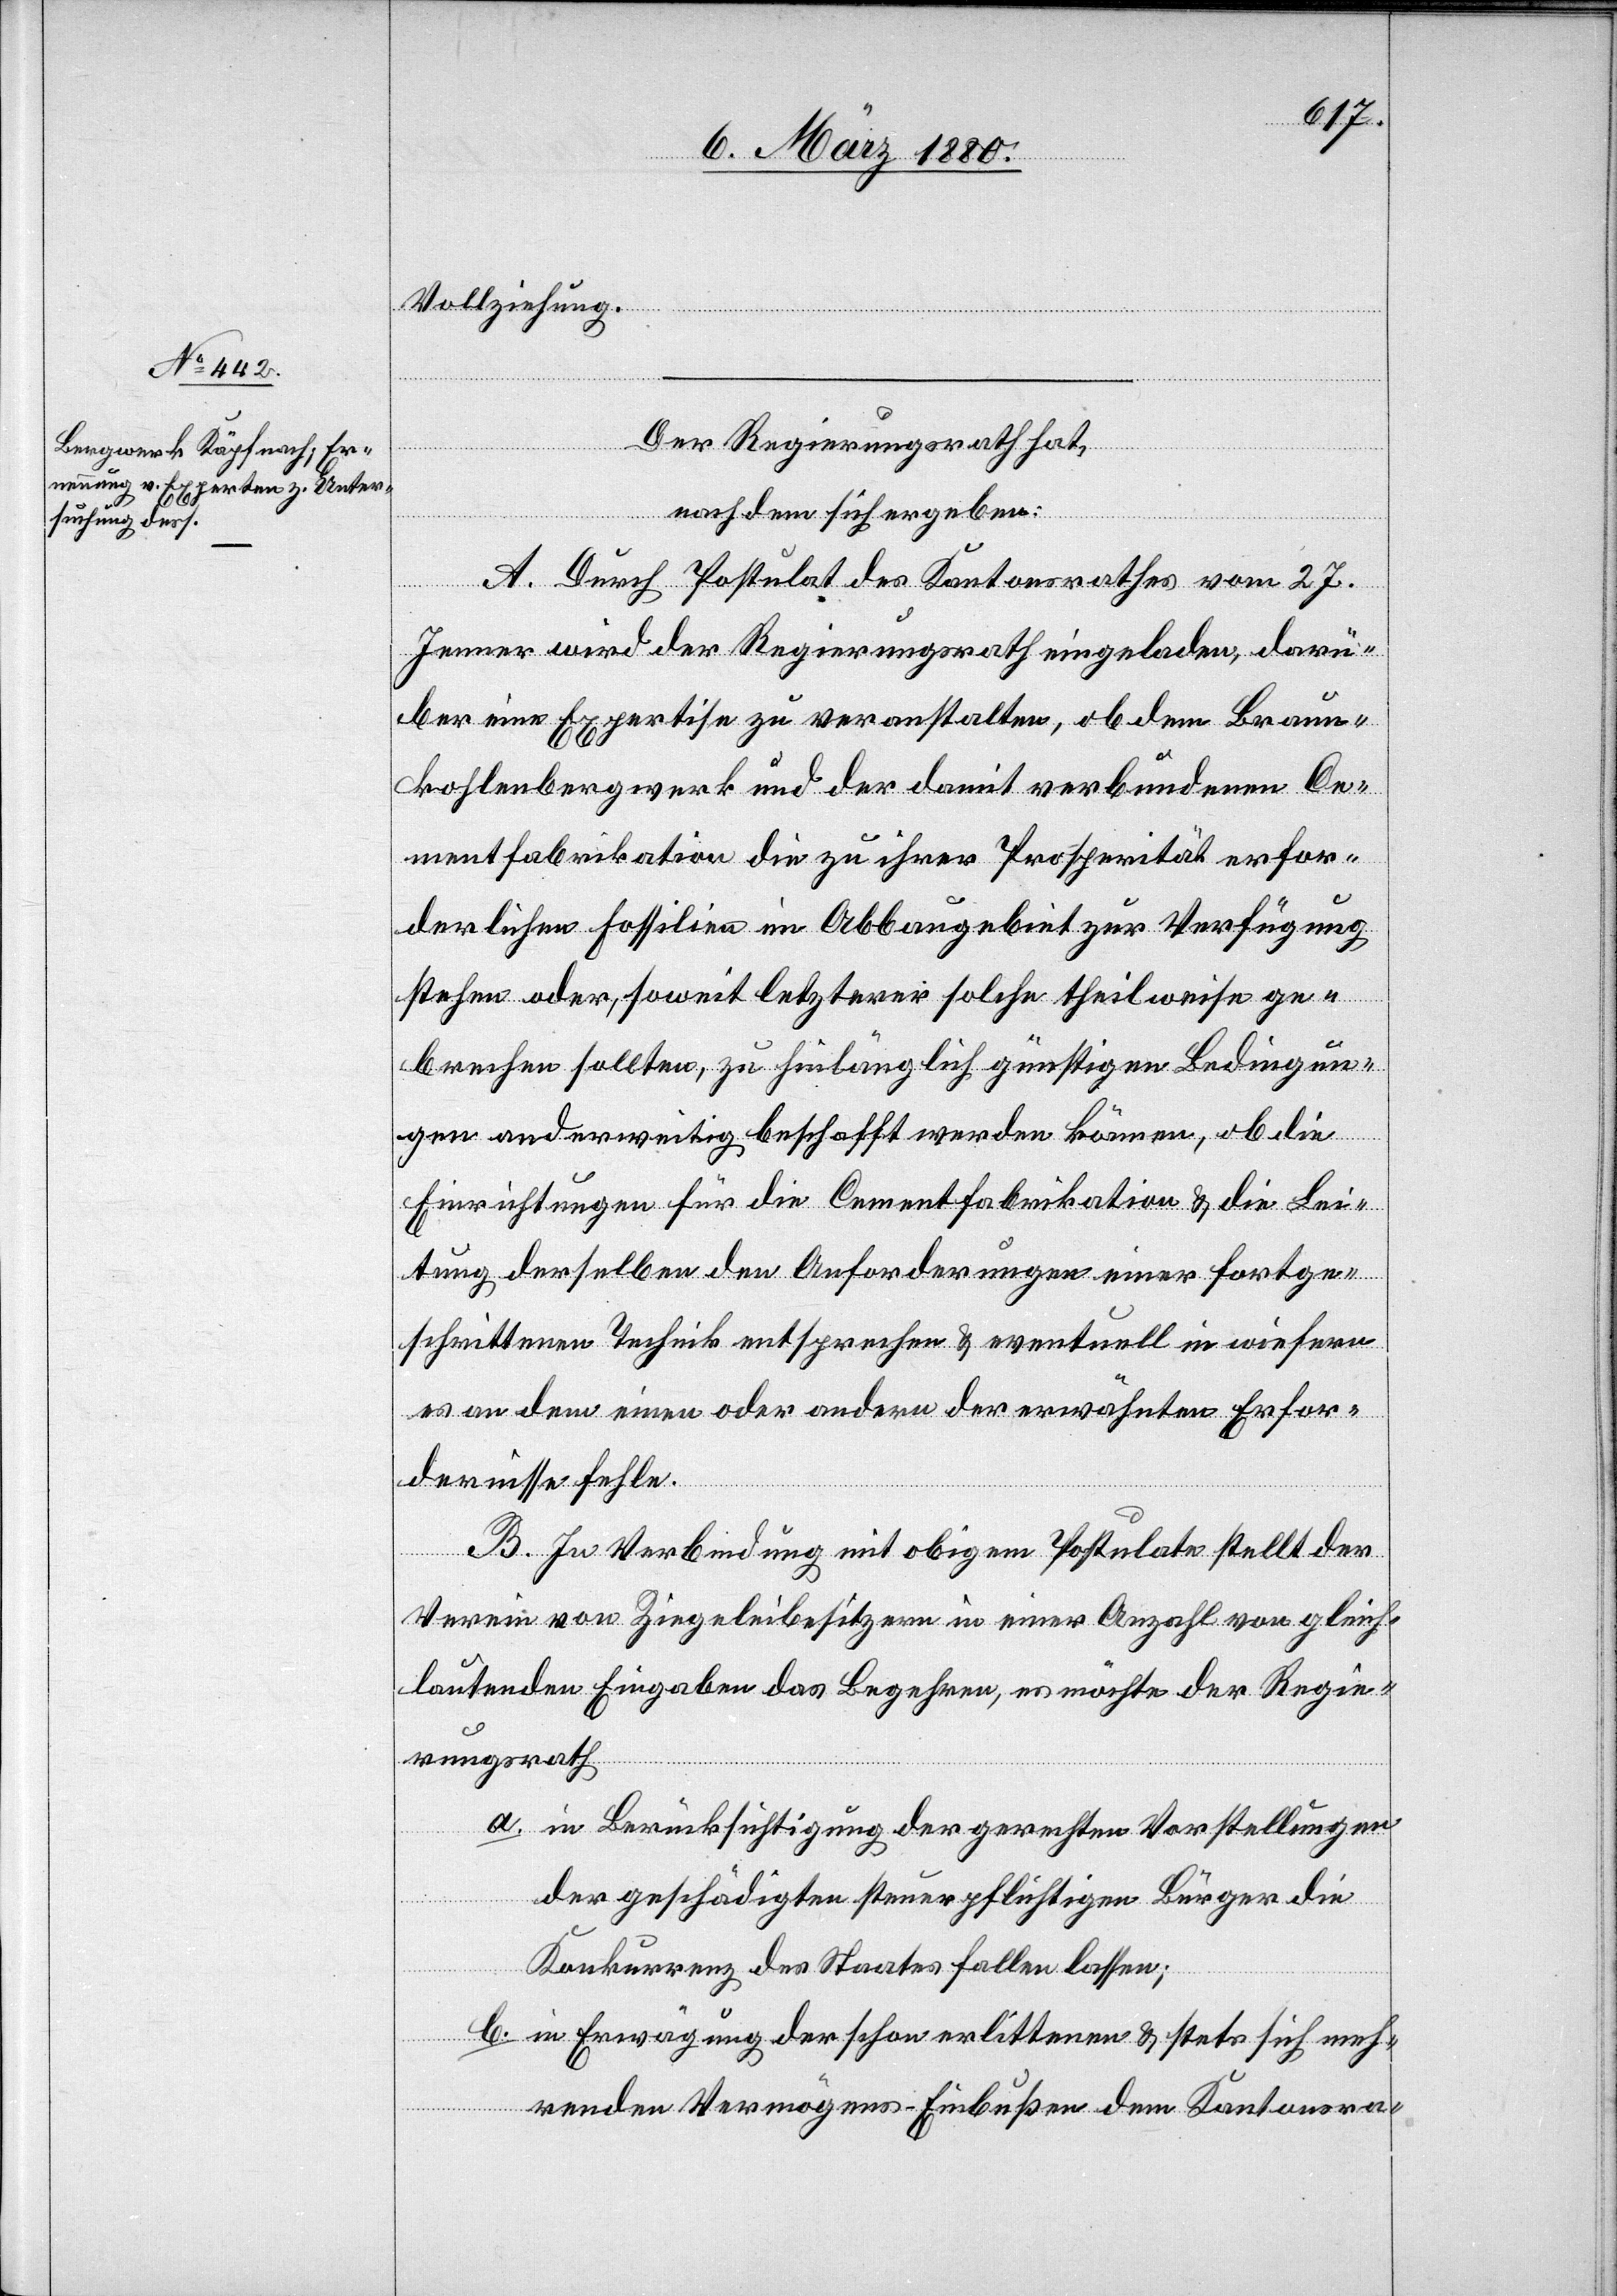
Vollziehung.
Der Regierungsrath hat,
nachdem sich ergeben:
A: Durch Postulat des Kantonsrathes vom 27.
Jenner wird der Regierungsrath eingeladen, darü¬
ber eine Expertise zu veranstalten, ob dem Braun¬
kohlebergwerk und der damit verbundenen Ce¬
mentfabrikation die zu ihrer Prosperität erfor¬
derlichen Fossilien im Abbaugebiet zur Verfügung
stehen oder, soweit letzterer solche theilweise ge¬
brechen sollten, zu hinlänglich günstigen Bedingun¬
gen anderweitig beschafft werden können, ob die
Einrichtungen für die Cementfabrikation & die Lei¬
tung derselben den Anforderungen einer fortge¬
schrittenen Technik entsprechen & eventuell in wiefern
es an dem einen oder andern der erwähnten Erfor¬
dernissen fehle.
B. In Verbindung mit obigem Postulate stellt der
Verein von Ziegeleibesitzern in einer Anzahl von gleich¬
lautenden Eingaben das Begehren, es möchte der Regie¬
rungsrath
a. in Berücksichtigung der gerechten Vorstellungen
der geschädigten steuerpflichtigen Bürger die
Konkurrenz des Staates fallen lassen;
b. in Erwägung der schon erlittenen & stets sich meh¬
renden Vermögens-Einbußen dem Kantonsra-